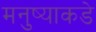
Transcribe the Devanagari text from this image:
मनुष्याकडे